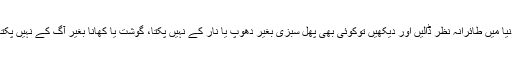
دنیا میں طائرانہ نظر ڈالیں اور دیکھیں توکوئی بھی پھل سبزی بغیر دھوپ یا نار کے نہیں پکتا، گوشت یا کھانا بغیر آگ کے نہیں پکتا۔